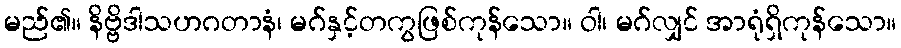
မည်၏။ နိဗ္ဗိဒါသဟဂတာနံ၊ မဂ်နှင့်တကွဖြစ်ကုန်သော။ ဝါ၊ မဂ်လျှင် အာရုံရှိကုန်သော။